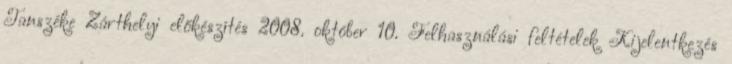
Tanszéke Zárthelyi előkészítés 2008. október 10. Felhasználási feltételek Kijelentkezés